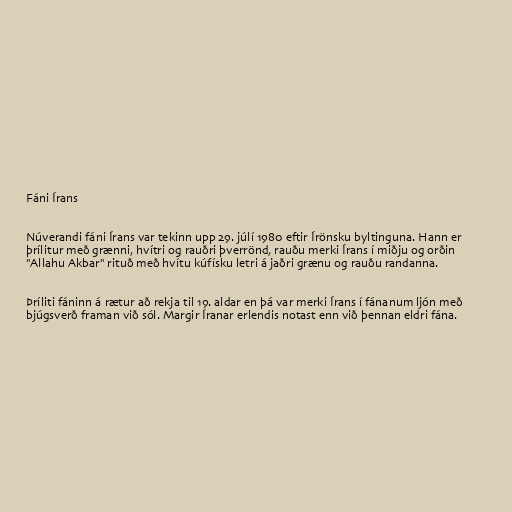
Fáni Írans

Núverandi fáni Írans var tekinn upp 29. júlí 1980 eftir Írönsku byltinguna. Hann er
þrílitur með grænni, hvítri og rauðri þverrönd, rauðu merki Írans í miðju og orðin
"Allahu Akbar" rituð með hvítu kúfísku letri á jaðri grænu og rauðu randanna.

Þríliti fáninn á rætur að rekja til 19. aldar en þá var merki Írans í fánanum ljón með
bjúgsverð framan við sól. Margir Íranar erlendis notast enn við þennan eldri fána.